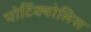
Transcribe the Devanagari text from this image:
पोर्टिक्योलिस